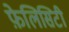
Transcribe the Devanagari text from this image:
फ़ेलिसिटी